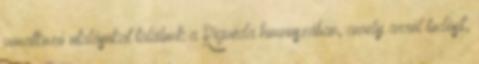
vonatkozó utalásokat találunk a Rigvéda himnuszában, amely arról tudósít,